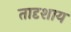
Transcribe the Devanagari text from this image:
तादृशाय